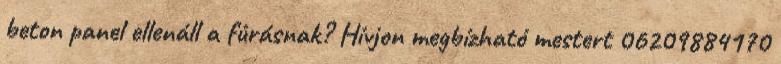
beton panel ellenáll a fúrásnak? Hívjon megbízható mestert 06209884170